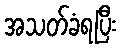
အသတ်ခံရပြီး